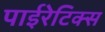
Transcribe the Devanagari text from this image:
पाईरेटिक्स